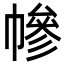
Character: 幓